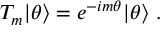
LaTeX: T _ { m } | \theta \rangle = e ^ { - i m \theta } | \theta \rangle \ .